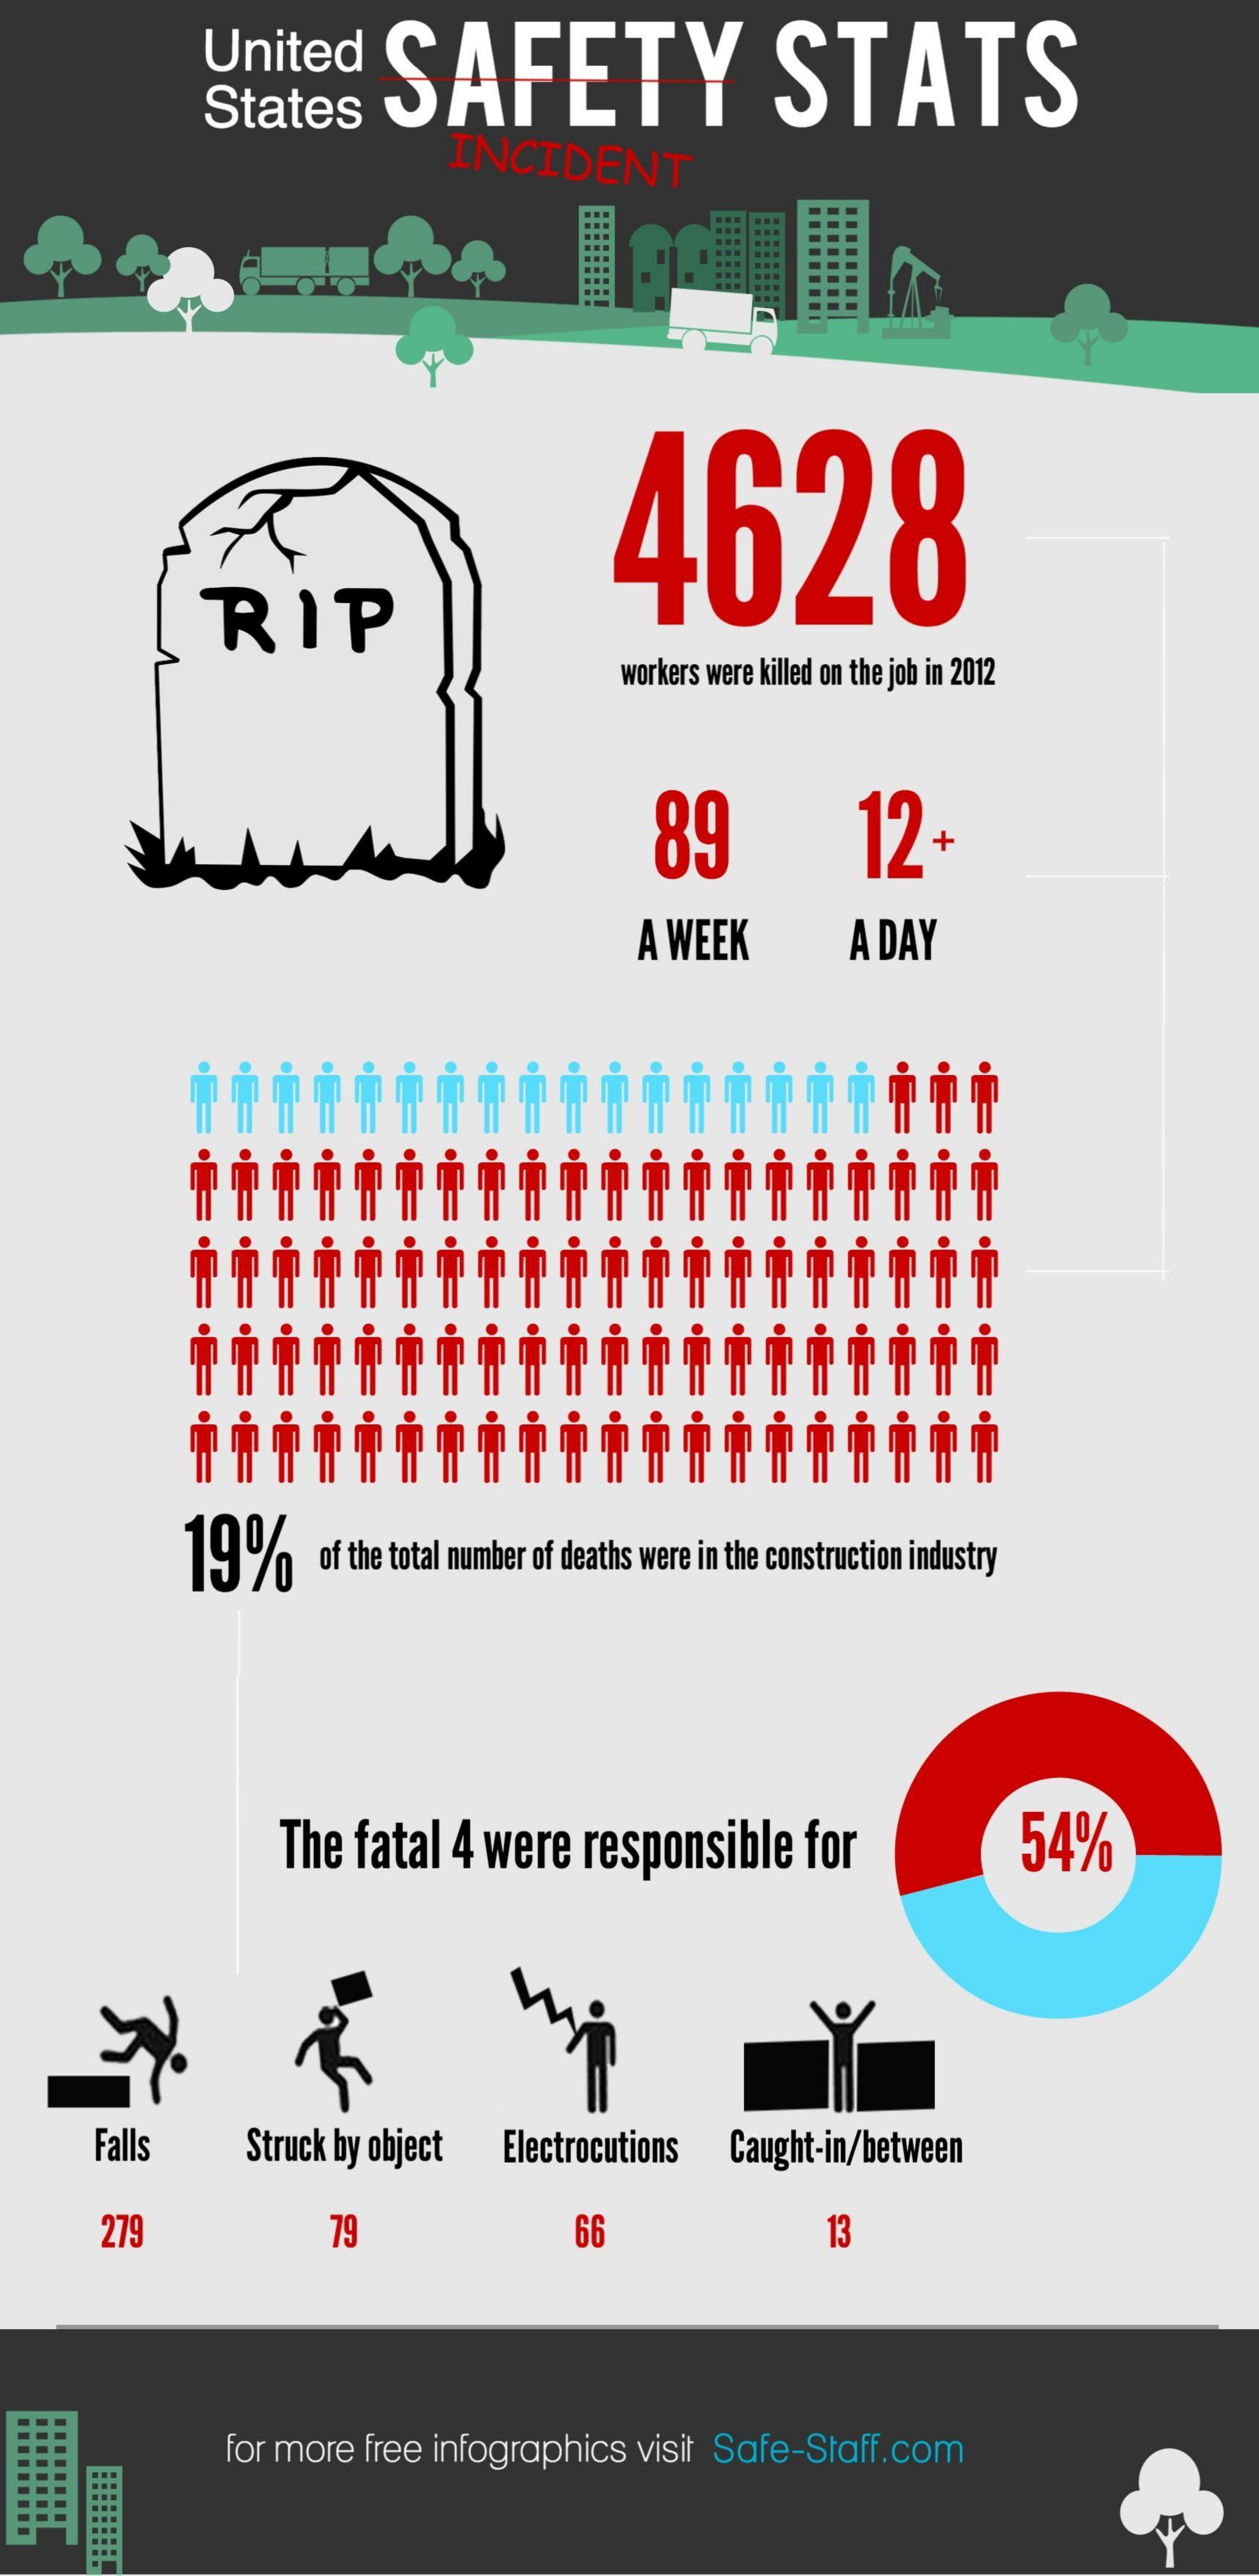
United    SAFETY    STATS
     States
     INCIDENT
     4628
     RIP
     workers were killed on the job in 2012
     89    12-
     A WEEK    A DAY
     ·E-
     19%    of the total number of deaths were in the construction industry
     The  fatal  4 were   responsible    for    54%
     Falls    Struck by object Electrocutions  Caught-in/between
     279    79    66    13
  .........
     for more free infographics  visit Safe-Staff.com